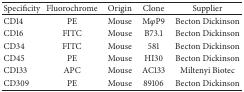
| Specificity | Fluorochrome | Origin | Clone | Supplier |
 | --- | --- | --- | --- | --- |
 | CD14 | PE | Mouse | MφP9 | Becton Dickinson |
 | CD16 | FITC | Mouse | B73.1 | Becton Dickinson |
 | CD34 | FITC | Mouse | 581 | Becton Dickinson |
 | CD45 | PE | Mouse | HI30 | Becton Dickinson |
 | CD133 | APC | Mouse | AC133 | Miltenyi Biotec |
 | CD309 | PE | Mouse | 89106 | Becton Dickinson |